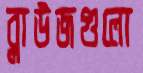
ব্লাউজগুলো